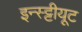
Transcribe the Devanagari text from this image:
इन्स्ट्टीयूट